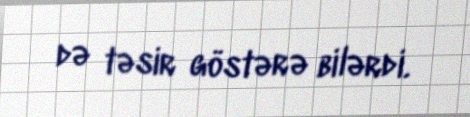
də təsir göstərə bilərdi.